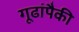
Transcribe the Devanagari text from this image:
गूढांपैकी